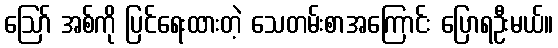
ဪ အစ်ကို ပြင်ရေးထားတဲ့ သေတမ်းစာအကြောင်း ပြောရဦးမယ်။